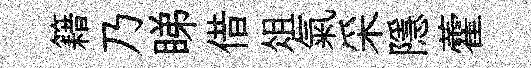
籍乃睇借俎氣采隱藿